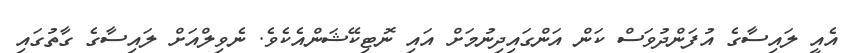
އެއީ ލައިސާގެ އުފަންދުވަސް ކަން އަންގައިދިނުމަށް އައި ނޮޓިިކޭޝަންއެކެވެ. ނެވިލްއަށް ލައިސާގެ ގާތުގައި